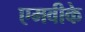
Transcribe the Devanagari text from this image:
एमवीके